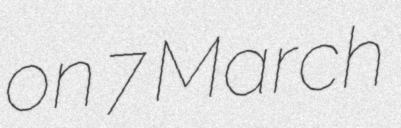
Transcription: on 7 March